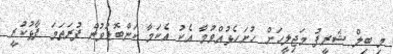
މި ބިލް ޝަރީފު މަޖިލީހަށް ހުށަހެޅުއްވުމާ އެކު އެކަމާ ކަންބޮޑުވުން ފުރަތަމަ ފާޅުކުރީ